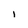
Character: i